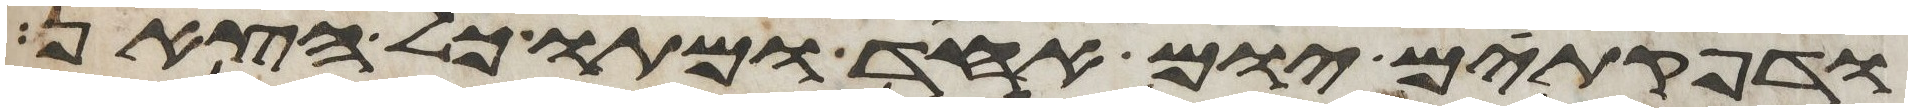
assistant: ודפקתים יום אחד ומתו כל הצאן